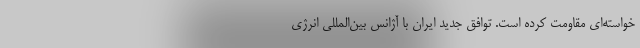
خواسته‌ای مقاومت کرده است. توافق جدید ایران با آژانس بین‌المللی انرژی